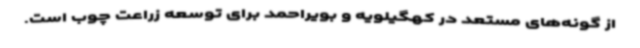
از گونه‌های مستعد در کهگیلویه و بویراحمد برای توسعه زراعت چوب است.